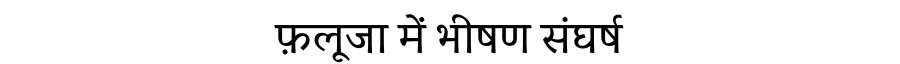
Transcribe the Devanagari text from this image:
फ़लूजा में भीषण संघर्ष